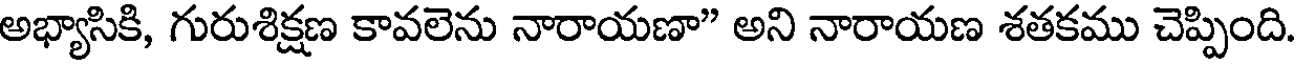
అభ్యాసికి, గురుశిక్షణ కావలెను నారాయణా" అని నారాయణ శతకము చెప్పింది